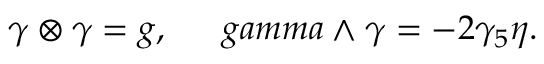
\gamma \otimes \gamma = g , \ \ \ \ \, g a m m a \wedge \gamma = - 2 \gamma _ { 5 } \eta .